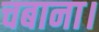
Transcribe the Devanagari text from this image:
चबाना।